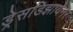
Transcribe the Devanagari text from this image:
ड्रेसडिझायनर